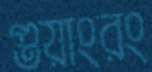
গুয়াংরং